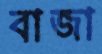
বাজা